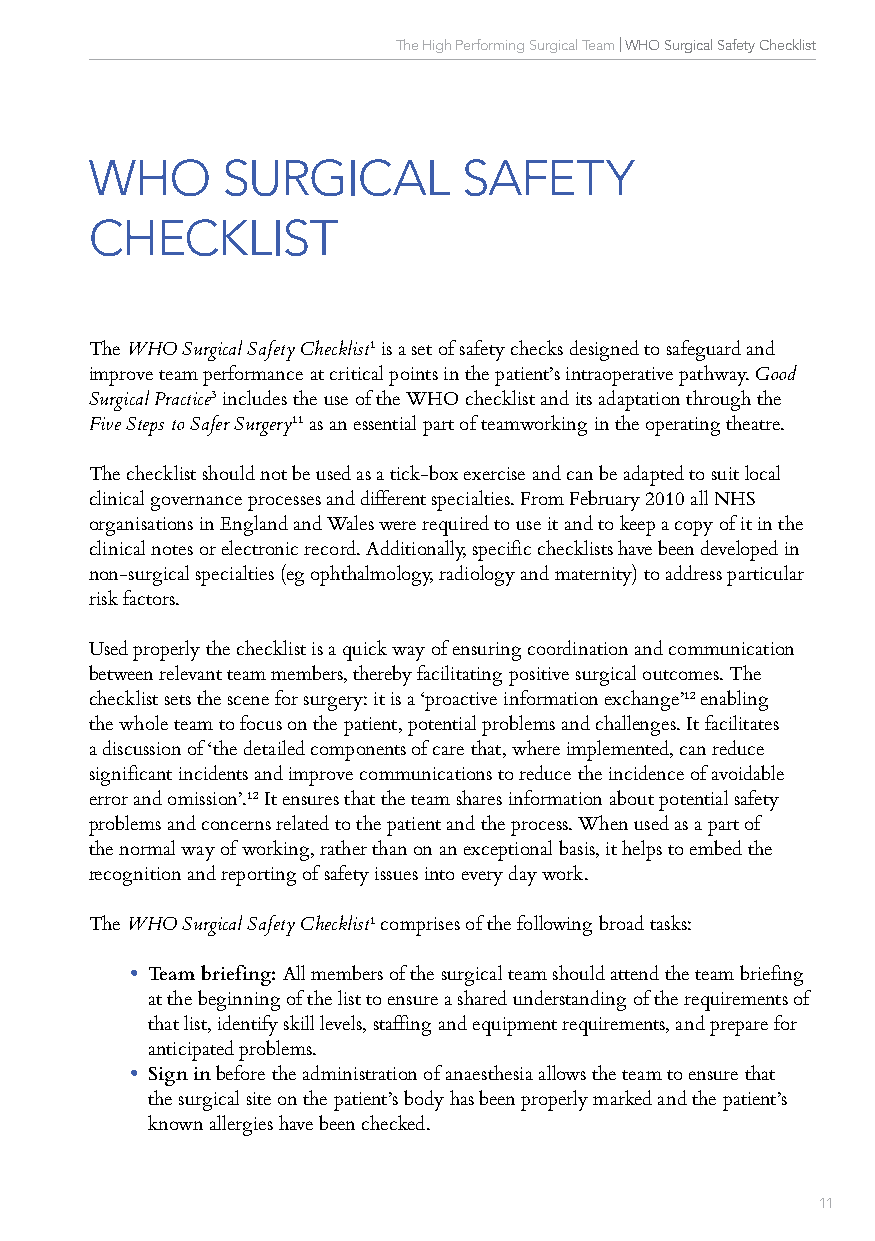
The High Performing Surgical Team | WHO Surgical Safety Checklist
 WHO      SURGICAL        SAFETY
 CHECKLIST
 The WHO Surgical Safety Checklist1 is a set of safety checks designed to safeguard and
 improve team performance at critical points in the patient’s intraoperative pathway. Good
 Surgical Practice3 includes the use of the WHO checklist and its adaptation through the
 Five Steps to Safer Surgery11 as an essential part of teamworking in the operating theatre.
 The checklist should not be used as a tick-box exercise and can be adapted to suit local
 clinical governance processes and different specialties. From February 2010 all NHS
 organisations in England and Wales were required to use it and to keep a copy of it in the
 clinical notes or electronic record. Additionally, specific checklists have been developed in
 non-surgical specialties (eg ophthalmology, radiology and maternity) to address particular
 risk factors.
 Used properly the checklist is a quick way of ensuring coordination and communication
 between relevant team members, thereby facilitating positive surgical outcomes. The
 checklist sets the scene for surgery: it is a ‘proactive information exchange’12 enabling
 the whole team to focus on the patient, potential problems and challenges. It facilitates
 a discussion of ‘the detailed components of care that, where implemented, can reduce
 significant incidents and improve communications to reduce the incidence of avoidable
 error and omission’.12 It ensures that the team shares information about potential safety
 problems and concerns related to the patient and the process. When used as a part of
 the normal way of working, rather than on an exceptional basis, it helps to embed the
 recognition and reporting of safety issues into every day work.
 The WHO Surgical Safety Checklist1 comprises of the following broad tasks:
 • Team briefing: All members of the surgical team should attend the team briefing
 at the beginning of the list to ensure a shared understanding of the requirements of
 that list, identify skill levels, staffing and equipment requirements, and prepare for
 anticipated problems.
 • Sign in before the administration of anaesthesia allows the team to ensure that
 the surgical site on the patient’s body has been properly marked and the patient’s
 known allergies have been checked.
 10                                                    11